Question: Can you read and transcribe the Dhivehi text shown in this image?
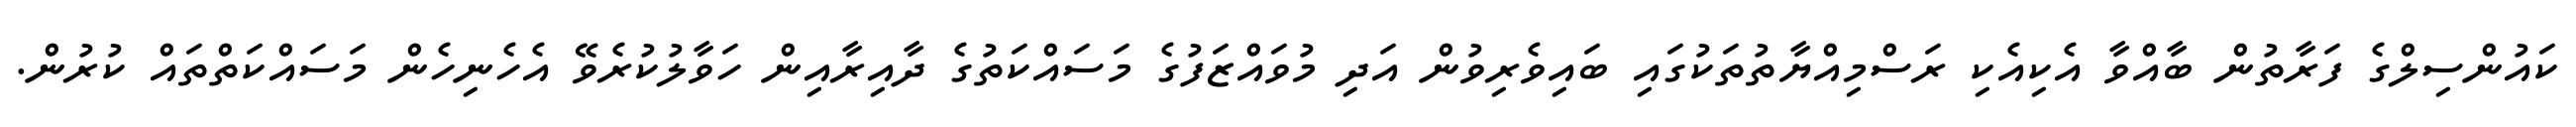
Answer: ކައުންސިލްގެ ފަރާތުން ބާއްވާ އެކިއެކި ރަސްމިއްޔާތުތަކުގައި ބައިވެރިވުން އަދި މުވައްޒަފުގެ މަސައްކަތުގެ ދާއިރާއިން ހަވާލުކުރެވޭ އެހެނިހެން މަސައްކަތްތައް ކުރުން.